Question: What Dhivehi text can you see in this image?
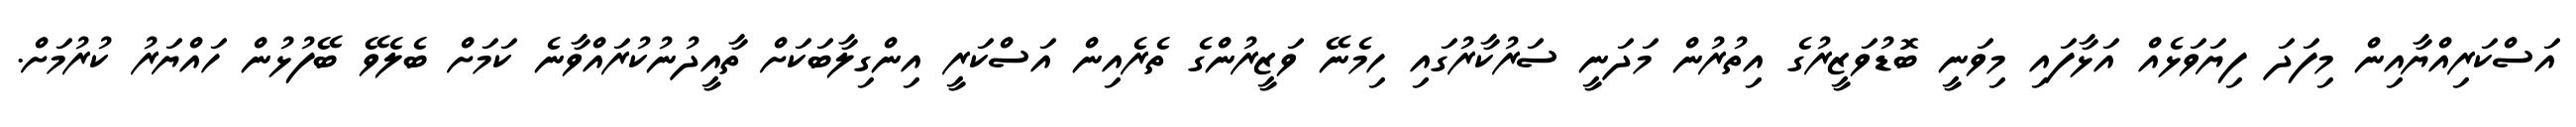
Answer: އަސްކަރިއްޔާއިން މިފަދަ ފިޔަވަޅެއް އަޅާފައި މިވަނީ ބޮޑުވަޒީރުގެ އިތުރުން މަދަނީ ސަރުކާރުގައި ހިމެނޭ ވަޒީރުންގެ ތެރެއިން އަސްކަރީ އިންގިލާބަކަށް ތާއީދުނުކުރައްވާނެ ކަމަށް ބެލެވޭ ބޭފުޅުން ހައްޔަރު ކުރުމަށް.